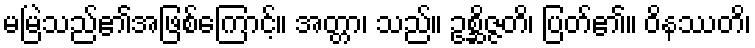
မမြဲသည်၏အဖြစ်ကြောင့်။ အတ္တာ၊ သည်။ ဥစ္ဆိဇ္ဇတိ၊ ပြတ်၏။ ဝိနဿတိ၊